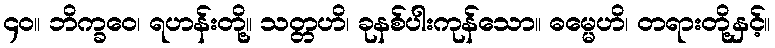
၄၀။ ဘိက္ခဝေ၊ ရဟန်းတို့။ သတ္တဟိ၊ ခုနစ်ပါးကုန်သော။ ဓမ္မေဟိ၊ တရားတို့နှင့်။